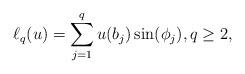
LaTeX: \begin{align*} \ell_q(u) =\sum_{j=1}^q u(b_j)\sin(\phi_j), q \geq 2,\end{align*}